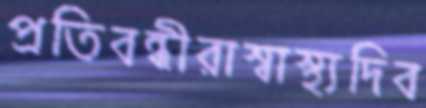
প্রতিবন্ধীরাস্বাস্থ্যদিব